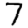
Digit: 7